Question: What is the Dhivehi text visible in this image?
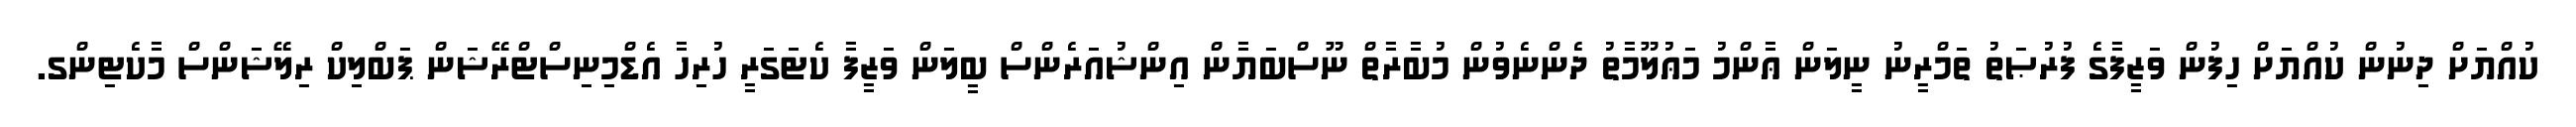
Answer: ކުއްޔަށް ދިނުން ކުއްޔަށް ހިފުން ވަޒީފާގެ ފުރުޞަތު ތަމްރީނު ނީލަން ޢާންމު މަޢުލޫމާތު ދެންނެވުން މުބާރާތް ނޫސްބަޔާން އިންޝުއަރެންސް ބީލަން ވަޒީފާ ކެޓަގަރީ ހުރިހާ އެޑްމިނިސްޓްރޭޝަން ޕަބްލިކް ރިލޭޝަންސް މާކެޓިންގ.